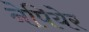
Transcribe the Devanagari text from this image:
नेपियेर